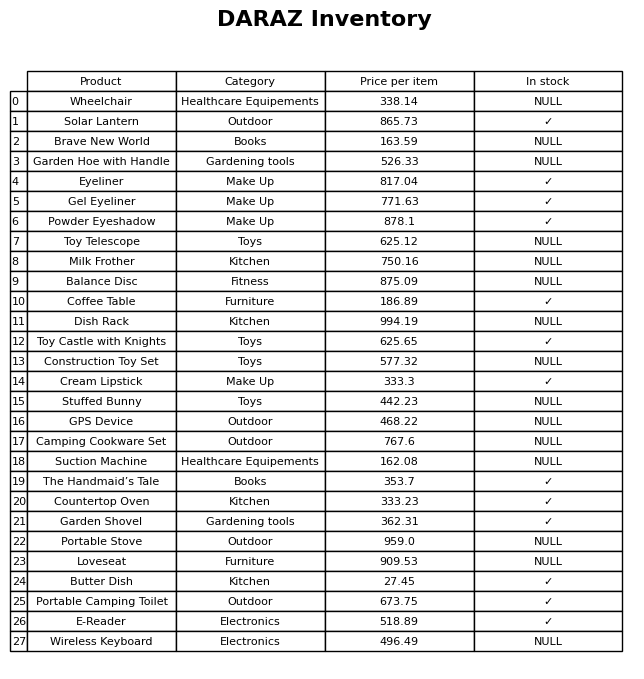
question: What is the stock status of the Gel Eyeliner?
answer: ✓